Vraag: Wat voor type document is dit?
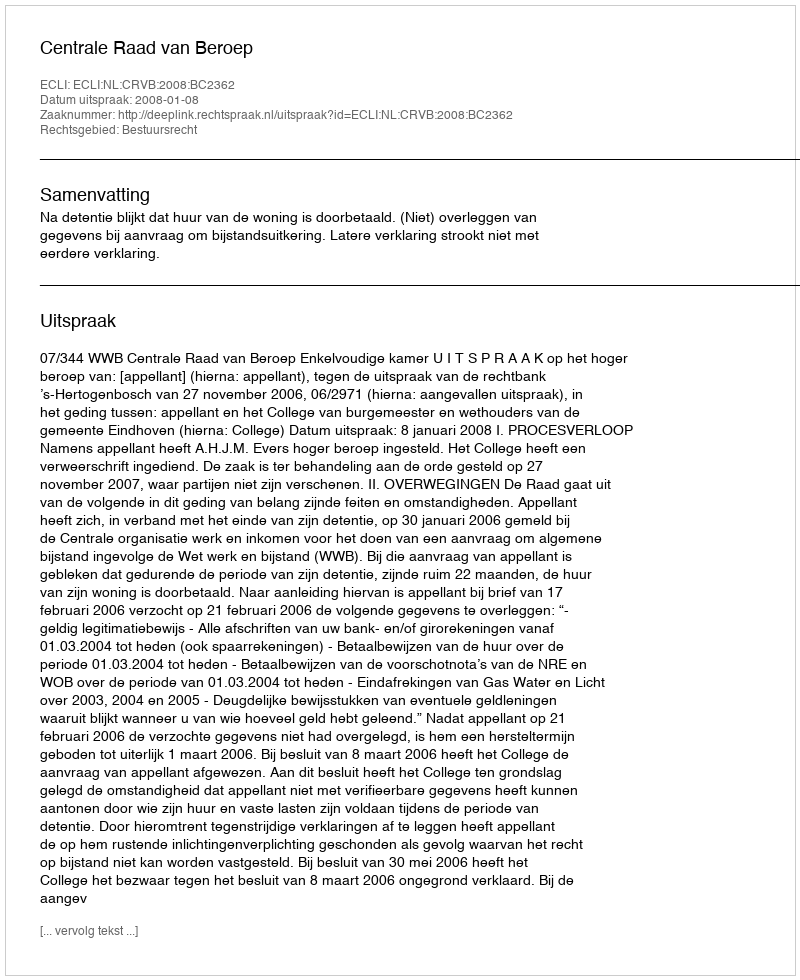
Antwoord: Uitspraak